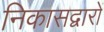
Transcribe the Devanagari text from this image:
निकासद्वारों